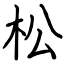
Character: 松